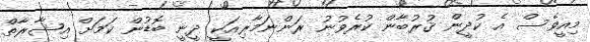
މިއީވެސް އެ ކުދީން ޤުރުބާން ކުރެވުނު ރަންނަމާރިއަކީ ދީނީ ބޮޑުން ކަމަށް އިޝާރާތް